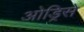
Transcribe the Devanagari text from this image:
ओड्रिसे